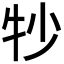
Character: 𬌜